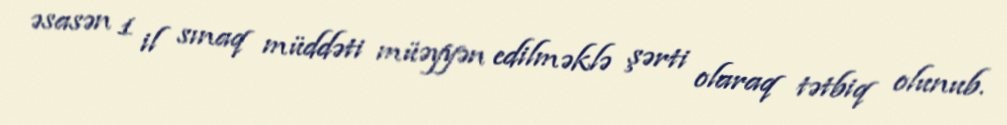
əsasən 1 il sınaq müddəti müəyyən edilməklə şərti olaraq tətbiq olunub.